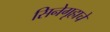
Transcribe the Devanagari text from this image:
सिनेगृहाचे